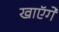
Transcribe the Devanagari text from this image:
खाएॅगें